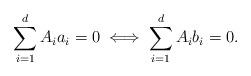
LaTeX: \begin{align*}\sum_{i=1}^d A_i a_i = 0 \iff \sum_{i=1}^d A_i b_i = 0.\end{align*}